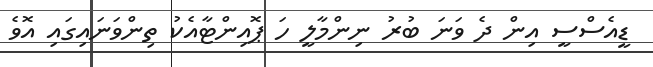
ޑީއެސްސީ އިން ދެ ވަނަ ބުރު ނިންމާލީ ހަ ޕޮއިންޓާއެކު ތިންވަނައިގައި އޮވެ